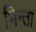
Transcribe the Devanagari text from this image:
भिन्ता